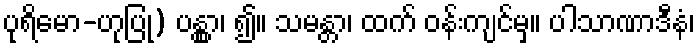
ပုရိမော-ဟုပြု) ပန္တွာ၊ ၍။ သမန္တာ၊ ထက် ဝန်းကျင်မှ။ ပါသာဏာဒီနံ၊